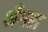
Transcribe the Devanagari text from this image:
भँगरा